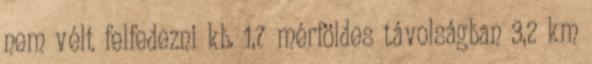
nem vélt felfedezni kb. 1,7 mérföldes távolságban 3,2 km